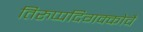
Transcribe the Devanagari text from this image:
तिरुप्पदिगक्कोवै